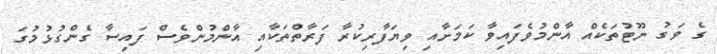
ގެ ވަގު ނޫޓުތަކެއް އާންމުވެފައިވާ ކަމަށާއި ވިޔަފާރިކުރާ ފަރާތްތަކާއި އާންމުންވެސް ފައިސާ ގެންގުޅުމުގަ